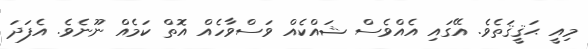
މިއީ ޙަޤީޤަތެވެ. އޭގައި އެއްވެސް ޝައްކެއް ވަސްވާހެއް އޮތް ކަމެއް ނޫނެވެ. އެފަދަ